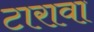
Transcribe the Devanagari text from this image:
टारावा